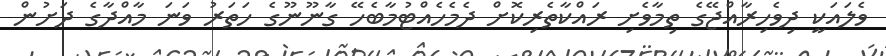
ވެލައަކީ ދިވެހިރާއްޖޭގެ ތިމާވެށި ރައްކާތެރިކޮށް ދެމެހެއްޓުމާބެހޭ ގާނޫނޫގެ ހަތަރު ވަނަ މާއްދާގެ ދަށުން